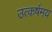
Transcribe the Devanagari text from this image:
उत्कर्षमय